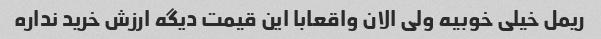
ریمل خیلی خوبیه ولی الان واقعابا این قیمت دیگه ارزش خرید نداره